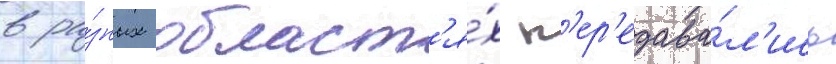
в ра́зных област'я́х п'ер'едава́л'ись